Memorandum on the prevention of leprosy by segregation of the affected
Disease focus: Leprosy
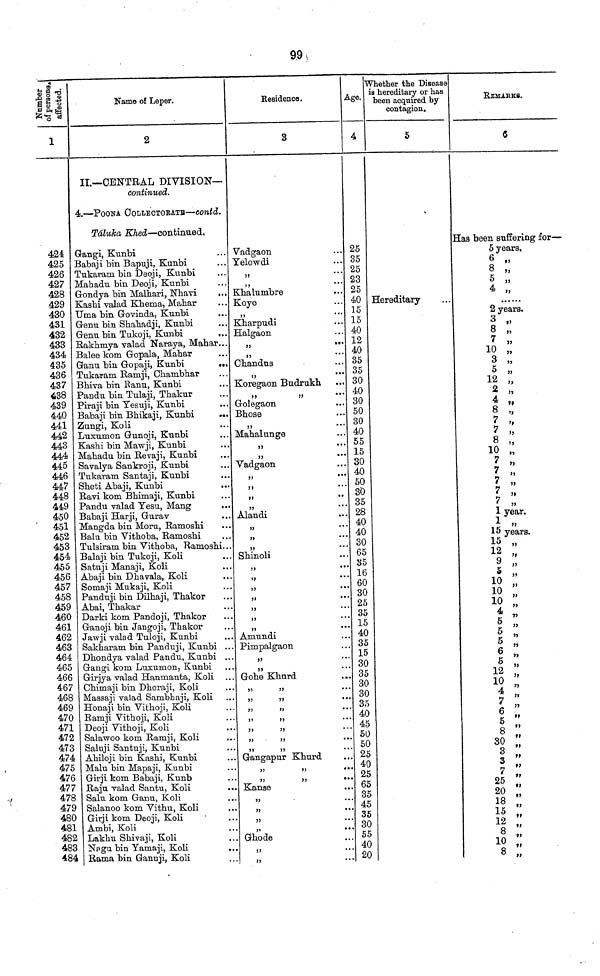
99
Number of persons affected.
1
424
425
426
427
428
429
430
431
432
433
434
435
436
437
438
439
440
441
442
443
444
445
446
447
448
449
450
451
452
453
454
455
456
457
458
459
460
461
462
463
464
465
466
467
468
469
470
471
472
473
474
475
476
477
478
479
480
481
482
483
484
Name of Leper.
2
IL—CENTRAL DIVISION—
continued.
4.—POONA COLLECTORATE—contd.
Táluka Khed—continued,
Gangi, Kunbi
Babaji bin Bapuji, Kunbi
Tukaram bin Deoji, Kunbi
Mahadu bin Deoji, Kunbi
Gondya bin Malhari, Nhavi
Kashi valad Khema, Mahar
Uma bin Goviada, Kunbi
Genu bin Shahadji, Kunbi
Genu bin Tukoji, Kunbi
Rakhmya valad Naraya, Mahar...
Balee kom Gopala, Mahar
Ganu bin Gopaji, Kunbi
Tukaram Ramji, Chambhar
Bhiva bin Kanu, Kunbi
Pandu bin Tulaji, Thakur
Piraji bin Yesuji, Kunbi
Babaji bin Bhikaji, Kunbi
...
Zungi, Koli
Luxumon Gunoji, Kunbi
Kashi bin Mawji, Kunbi
Mahadu bin Revaji, Kunbi
Savalya Sankroji, Kunbi
Tukaram Santaji, Kunbi
Sheti Abaji, Kunbi
Ravi kom Bhimaji, Kunbi
Pandu valad Yesu, Mang
Babaji Harji, Gurav
Mangda bin Moru, Ramoshi
Balu bin Vithoba, Ramoshi
Tulsiram bin Vithoba, Ramoshi...
Balaji bin Tukoji, Koli
Satuji Manaji, Koli
Abaji bin Dhavala, Koli
Somaji Mukaji, Koli
Panduji bin Dilhaji, Thakor
Abai, Thakar
Darki kom Pandoji, Thakor
Ganoji bin Jangoji, Thakor
Jawji valad Tuloji, Kunbi
Sakharam bin Panduji, Kunbi ...
Dhondya valad Pandu, Kunbi ...
Gangi kom Luxumon, Kunbi
Girjya valad Hanmanta, Koli
Chimaji bin Dhoraji, Koli
Massaji valad Sambhaji, Koli
Honaji bin Vithoji, Koli
Ramji Vithoji, Koli
Deoji Vithoji, Koli
Salawoo kom Ramji, Koli
Saluji Santuji, Kunbi
Ahiloji bin Kashi, Kunbi
Malu bin Mapaji, Kunbi
Girji kom Babaji, Kunb
Raju valad Santu, Koli
Salu kom Ganu, Koli
Salanoo kom Vithu, Koli
Girji kom Deoji, Koli
Ambi, Koli
Lakhu Shivaji, Koli
Nagu bin Yamaji, Koli
Rama bin Ganuji, Koli
Residence.
3
Vadgaon
Yelowdi
...
Khalumbre
Koye
„
Kharpudi
Halgaon
„
„
Chandus
• » •
Koregaon Budrukh
„
Golegaon
Bhose
„
Mahalunge
„
„
Vadgaon
...
„
„
Alandi
„
Shinoli
„
„
Amundi
Pimpalgaon
Gohe Khurd
Gangapur Khurd
Kanse
...
Ghode
„
Age.
4
25
35
25
23
25
40
15
15
40
12
40
35
35
30
40
30
50
30
40
55
15
30
40
50
30
35
28
40
40
30
65
35
16
60
30
25
35
15
40
35
15
30
35
30
30
35
40
45
50
50
25
40
25
65
35
45
35
30
55
40
20
Whether the Disease
is hereditary or has
been acquired by
contagion.
5
Hereditary
REMARKS.
6
Has been suffering for—
5 years.
6 „
8 „
5 ,,
4 „
2 years.
3 „
8 „
7 „
10 „
3 „
5 „
12 „
2 „ #7
8 „
7 „
8 „
10
7 „
7 „
7 „
7 „
7 „
1 year.
15 years.
12 „
9
5
10 „
10 „
10 „
4 „
5
6
S
12 „
10 „
6 „
5 „
8
30 „
3 „
7 „
20 „
18 „
15 „
12 „
8
10 „
8 „